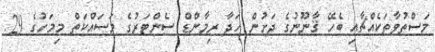
މަސްތުވާތަކެއްޗާއި ބެހޭ ޤާނޫނުގެ ދަށުން ހަދާ ރިމާންޑް ސެންޓަރުގެ މަސައްކަތް މިމަހުގެ 29